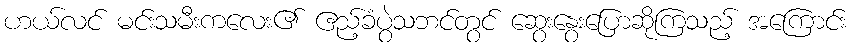
ဟယ်လင် မင်းသမီးကလေး၏ ဧည့်ခံပွဲသဘင်တွင် ဆွေးနွေးပြောဆိုကြသည့် အကြောင်း